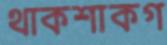
থাকশাকগ